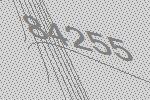
84255